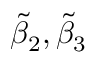
\widetilde { \beta } _ { 2 } , \widetilde { \beta } _ { 3 }